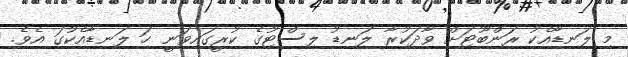
މި ލަނޑާއެކު ރަންބޫޓަށް ވާދަކުރާ ލަނޑު ލިސްޓުގެ ކުރީގައިވަނީ ހަ ލަނޑާއެކުގަ އެވެ.